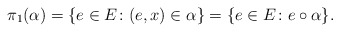
\begin{align*}\pi_1(\alpha)=\{e\in E\colon (e,x)\in \alpha\}=\{e\in E\colon e\circ \alpha \}.\end{align*}